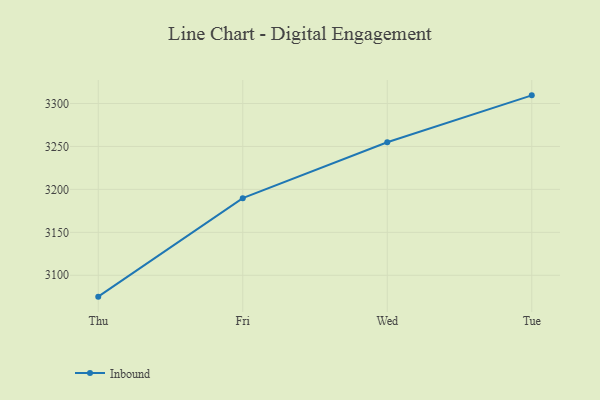
{"axis": {"x": "Day", "y": "Inventory Turnover"}, "legend": ["Inbound"], "data": [{"x": "Thu", "y": 3075.1, "type": "Inbound"}, {"x": "Fri", "y": 3189.8, "type": "Inbound"}, {"x": "Wed", "y": 3254.9, "type": "Inbound"}, {"x": "Tue", "y": 3309.5, "type": "Inbound"}]}